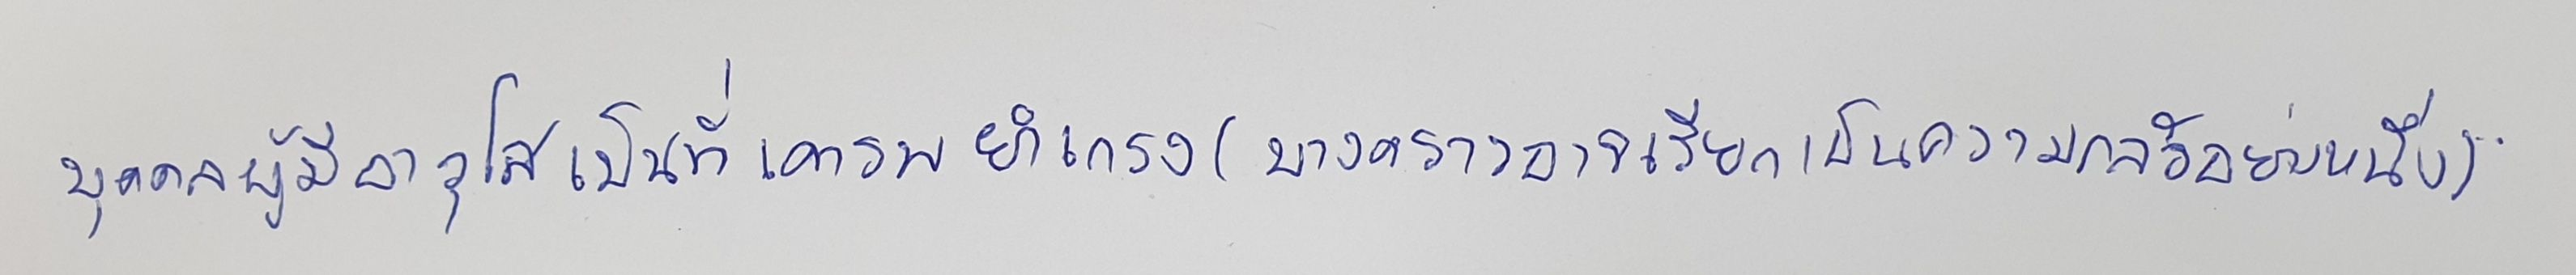
บุคคลผู้มีอาวุโสเป็นที่เคารพยำเกรง(บางคราวอาจเรียกเป็นความกลัวอย่างหนึ่ง)